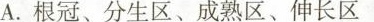
A.根冠、分生区、成熟区、伸长区